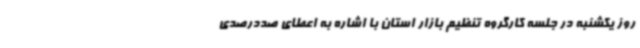
روز یکشنبه در جلسه کارگروه تنظیم بازار استان با اشاره به اعطای صددرصدی